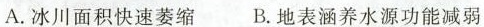
A.冰川面积快速萎缩 B.地表涵养水源功能减弱